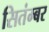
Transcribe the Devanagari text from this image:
सितंम्बर